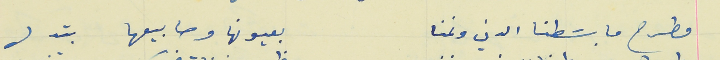
مطرح ما بسَطنا الدني ونمنا                                    بعيونها وصابيعها بتدل